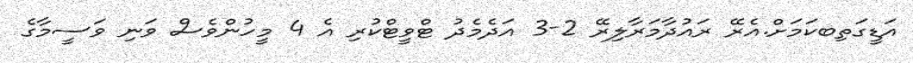
އަޑީގަތިބކަމަށް.އެރޭ ރައުދާމަރާލިރޭ 2-3 އަދެމެދު ޓްވީޓްކުރި އެ 4 މީހުންވެސް ވަނި ވަސީމާގެ